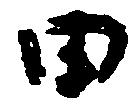
田